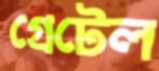
গ্রেটেল